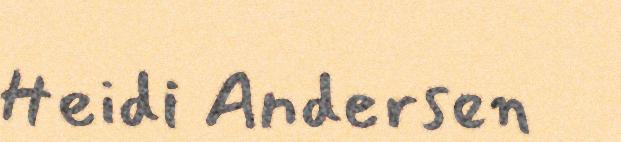
Heidi Andersen